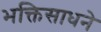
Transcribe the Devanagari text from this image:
भक्तिसाधने